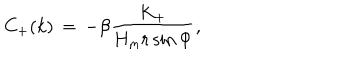
C _ { + } ( k ) \, = \, - \beta \frac { K _ { + } } { H _ { \mathrm { m } } r \sin \Phi } ,